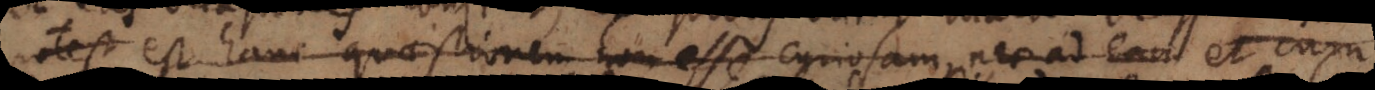
est hanc quaestionem non esse curiosam, nec ad eam et cum